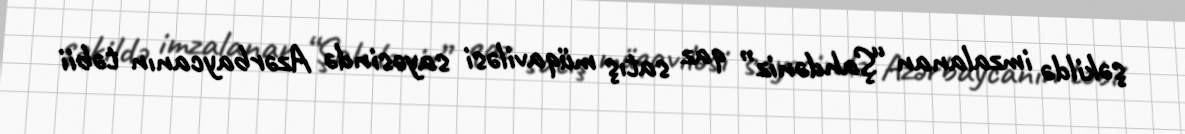
şəkildə imzalanan “Şahdəniz” qaz satış müqaviləsi sayəsində Azərbaycanın təbii